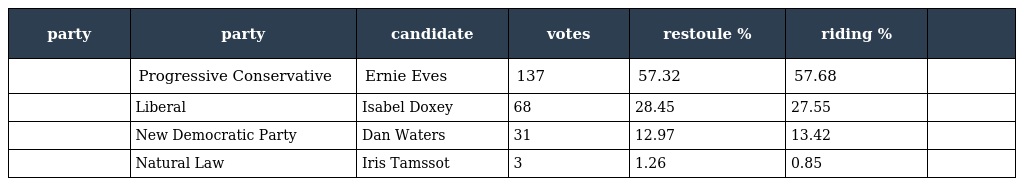
| party | party | candidate | votes | restoule % | riding % |  |
 | --- | --- | --- | --- | --- | --- | --- |
 |  | Progressive Conservative | Ernie Eves | 137 | 57.32 | 57.68 |  |
 |  | Liberal | Isabel Doxey | 68 | 28.45 | 27.55 |  |
 |  | New Democratic Party | Dan Waters | 31 | 12.97 | 13.42 |  |
 |  | Natural Law | Iris Tamssot | 3 | 1.26 | 0.85 |  |